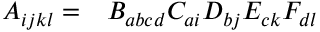
\begin{array} { r l } { A _ { i j k l } = } & { { } B _ { a b c d } C _ { a i } D _ { b j } E _ { c k } F _ { d l } } \end{array}